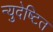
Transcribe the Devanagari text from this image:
न्युदेष्टित